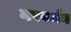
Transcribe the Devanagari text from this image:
नरवर्मन